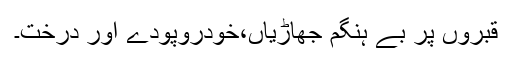
قبروں پر بے ہنگم جھاڑیاں،خودروپودے اور درخت۔